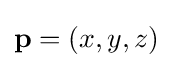
\mathbf {p} =(x,y,z)